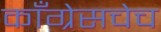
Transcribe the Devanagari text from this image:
काँग्रेसचेच